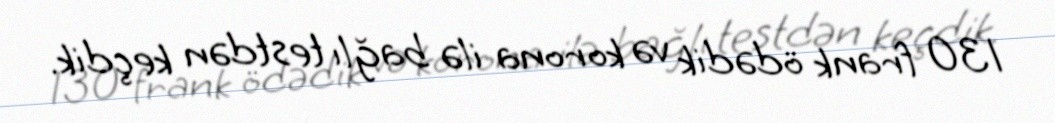
130 frank ödədik və korona ilə bağlı testdən keçdik.